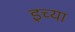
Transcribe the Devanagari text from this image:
इच्या